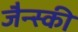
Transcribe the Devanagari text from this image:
जैन्स्की